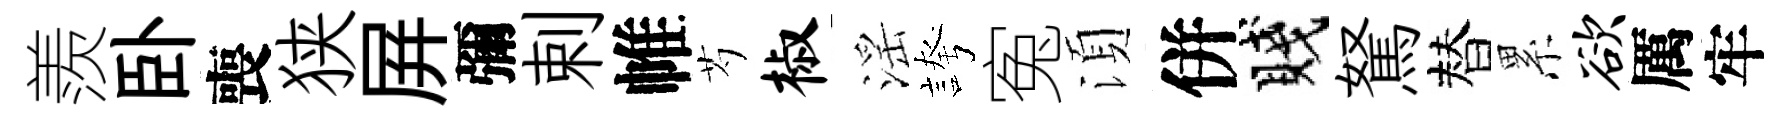
羨卧喪狭屛彌剌帷芍椒滛誇寃湏併賤駑替累欲厲牢